Civil Veterinary Dept. Bombay admin report 1893-99 - 1893-1899
Year: 1893
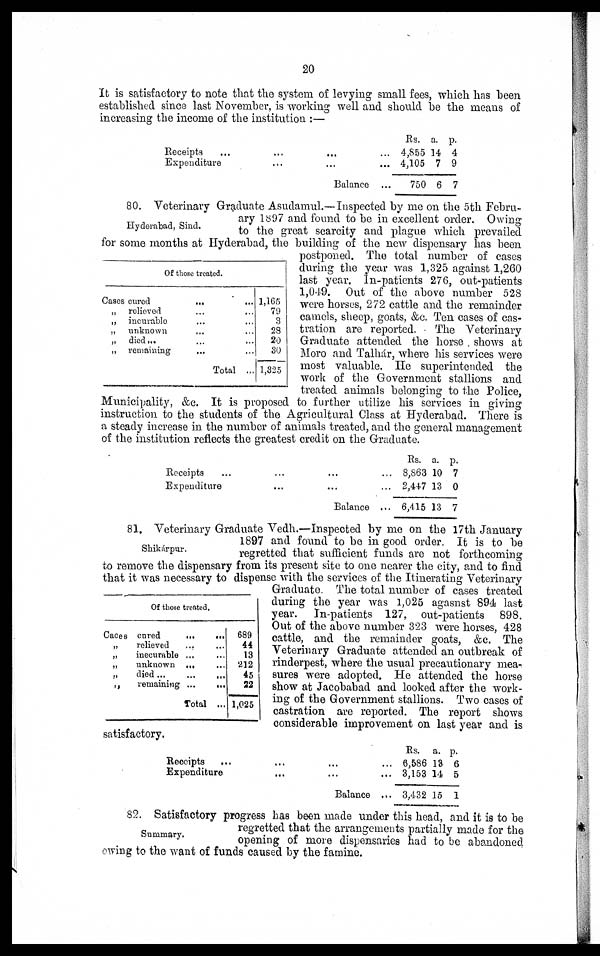
20
It is satisfactory to note that the system of levying small fees, which has been
established since last November, is working well and should be the means of
increasing the income of the institution:—
Receipts
...
...
...
Expenditure
... ...
Balance
Rs.
4,855
4,105
750
a.
14
7
6
p.
4
9
7
Hyderabad, Sind.
Of those treated.
Cases cured
...
...
„ relieved ... ...
„ incurable ... ...
„ unknown ... ...
„ died... ... ...
„ remaining ... ...
Total ...
1,165
79
3
28
20
30
1,325
80. Veterinary Graduate Asudamul.—Inspected by me on the 5th Febru-
ary 1897 and found to be in excellent order. Owing
to the great scarcity and plague which prevailed
for some months at Hyderabad, the building of the new dispensary has been
postponed. The total number of cases
during the year was 1,325 against 1,260
last year. In-patients 276, out-patients
1,049. Out of the above number 528
were horses, 272 cattle and the remainder
camels, sheep, goats, &c. Ten cases of cas-
tration are reported.
The Veterinary
Graduate attended the horse shows at
Moro and Talhár, where his services were
most valuable. He superintended the
work of the Government stallions and
treated animals belonging to the Police,
Municipality, &c. It is proposed to further utilize his services in giving
instruction to the students of the Agricultural Class at Hyderabad. There is
a steady increase in the number of animals treated, and the general management
of the institution reflects the greatest credit on the Graduate.
Receipts
...
Expenditure
...
Balance ...
Rs.
8,863
2,447
6,415
a.
10
13
13
p.
7
0
7
Shikárpur.
Caces
„
„
„
„
„
Of those treated.
cared
...
...
relieved
... ...
inecurable ... ...
unknown ...
died
remaining...
...
Total ...
689
44
13
212
45
32
1,025
81. Veterinary Graduate Vedh.—Inspected by me on the 17th January
1897 and found to be in good order. It is to be
regretted that sufficient funds are not forthcoming
to remove the dispensary from its present site to one nearer the city, and to find
that it was necessary to dispense with the services of the Itinerating Veterinary
Graduate. The total number of cases treated
during the year was 1,025 agasnst 894 last
year. In-patients 127, out-patients 898.
Out of the above number 323 were horses, 428
cattle, and the remainder goats, &c. The
Veterinary Graduate attended an outbreak of
rinderpest, where the usual precautionary mea-
sures were adopted. He attended the horse
show at Jacobabad and looked after the work-
ing of the Government stallions. Two cases of
castration are reported. The report shows
considerable improvement on last year and is
satisfactory.
Receipts
...
...
...
...
Expenditure...
...
Balance ...
Rs.
6,686
3,153
3,432
a.
13
14
15
p.
6
5
1
Summary.
82. Satisfactory progress has been made under this head, and it is to be
regretted that the arrangements partially made for the
opening of more dispensaries had to be abandoned
owing to the want of funds caused by the famine.